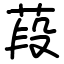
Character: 葮